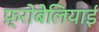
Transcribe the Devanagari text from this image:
फ़्रोबेलियाई